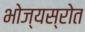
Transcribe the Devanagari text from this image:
भोज्यस्रोत